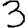
Digit: 3